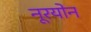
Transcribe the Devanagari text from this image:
नूरयोन